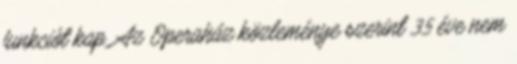
funkciót kap. Az Operaház közleménye szerint 35 éve nem